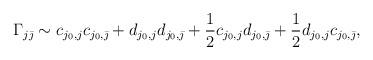
LaTeX: \begin{align*}\Gamma_{j\bar{\jmath}} \sim c_{j_0,j} c_{j_0,\bar{\jmath}} + d_{j_0,j}d_{j_0,\bar{\jmath}} + \frac{1}{2} c_{j_0,j} d_{j_0,\bar{\jmath}} +\frac{1}{2} d_{j_0,j} c_{j_0,\bar{\jmath}},\end{align*}